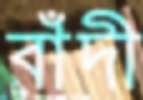
বাঁদী